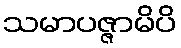
သမာပဇ္ဇာမိပိ